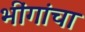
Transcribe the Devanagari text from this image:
भींगांचा